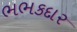
ભભકદાર